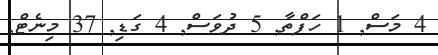
4 މަސް